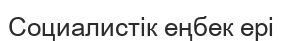
Социалистік еңбек ері